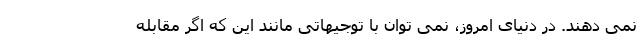
نمی دهند. در دنیای امروز، نمی توان با توجیهاتی مانند این که اگر مقابله